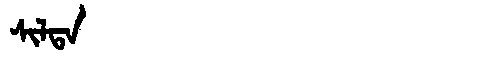
Manchu: ᠰᡳᠯᡨᠠ
Romanization: SILTA